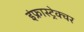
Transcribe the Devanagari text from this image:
इंफ्रास्ट्रेक्चर